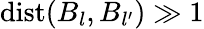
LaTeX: \mathrm{dist}(B_{l},B_{l^{\prime}})\gg 1